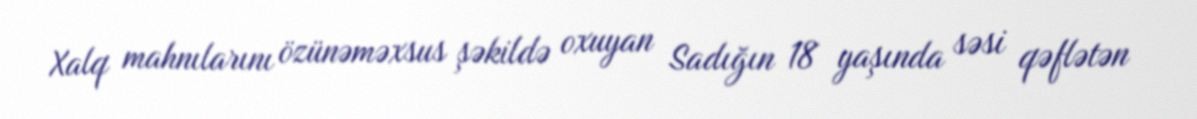
Xalq mahnılarını özünəməxsus şəkildə oxuyan Sadığın 18 yaşında səsi qəflətən